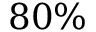
8 0 \%